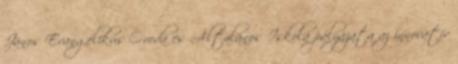
János Evangélikus Óvoda és Általános Iskola pályázata az innovatív